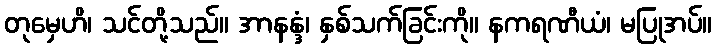
တုမှေဟိ၊ သင်တို့သည်။ အာနန္ဒံ၊ နှစ်သက်ခြင်းကို။ နကရဏီယံ၊ မပြုအပ်။